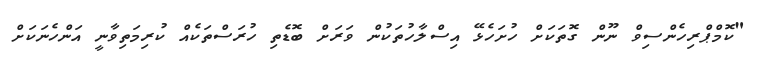
"ކޮމްޕްރިހެންސިވް ނޫން ގޮތަކަށް ހުށަހެޅޭ އިސްލާހުތަކުން ވަރަށް ބޮޑެތި ހުރަސްތަކެއް ކުރިމަތިވާނީ އަންހެނަކަށް